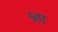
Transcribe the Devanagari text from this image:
५ए